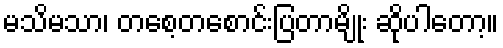
မသိမသာ၊ တစေ့တစောင်းပြတာမျိုး ဆိုပါတော့။